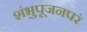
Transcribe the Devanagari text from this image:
शंभुपूजनपरं